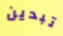
تبدين